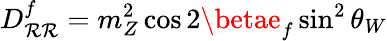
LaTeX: D_{\mathcal{R}\mathcal{R}}^{f}=m_{Z}^{2}\cos2\betae_{f}\sin^{2}\theta_{W}